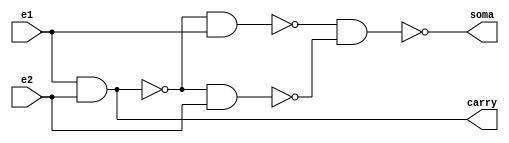
// Nome: Isabella Gonales
// Matrcula: 420120

module metodomeiasomanand(soma,carry,e1,e2);
output soma,carry;
input e1,e2;
wire temp1,temp2,temp3,temp4;

nand NAND1 (temp1,e1,e2);
nand NAND2 (temp2,temp1,e1);
nand NAND3 (temp3,temp1,e2);
nand NAND4 (soma,temp2,temp3);
nand NAND5 (temp4,e1,e2);
nand NAND6 (carry,temp4,temp4);

endmodule


module metodosomacompletanand(soma,carry,e1,e2,e3);

output soma,carry;
input e1,e2,e3;
wire temp1,temp2,temp3,tmp4,temp5;

metodomeiasomanand MEIASOMA1 (temp1,temp2,e1,e2);
metodomeiasomanand MEIASOMA2 (soma,temp3,temp1,e3);
nand NAND1(temp4,temp2,temp2); 
nand NAND2(temp5,temp3,temp3);
nand NAND3(carry,temp4,temp5);


endmodule


module metodosomacompleta3bits(soma,carry,e1,e2);

output [2:0]soma;
output carry;
input [2:0]e1,e2;
wire carry1,carry2;

metodomeiasomanand MEIASOMA1 (soma[0],carry1,e1[0],e2[0]);
metodosomacompletanand SOMACOMPLETA1 (soma[1],carry2,e1[1],e2[1],carry1);
metodosomacompletanand SOMACOMPLETA2 (soma[2],carry,e1[2],e2[2],carry2);

endmodule

module testsomador3bits;
reg [2:0]e1,e2;
wire [2:0]soma;
wire carry;
integer i,j;


metodosomacompleta3bits SOMACOMPLETA1 (soma,carry,e1,e2);

initial begin: start
		e1=0; e2=0;
end


	initial begin:main

		$display("Circuito Soma Completa com 3 bits ");
		#1 $display(" e1 +     e2 = carry  saida ");
		#1 $monitor(" %4b + %4b =   %b    %4b", e1,e2,carry,soma);

		for( i=0; i<=7; i = i+1 )
		begin
			e1 = i;
			for ( j=0; j<=7; j = j+1 )
			begin
				#1 e2 = j;
			end
		end

	end

endmodule


/* Registrando os resultados
  
    Circuito Soma Completa com 3 bits 
     e1 +     e2 = carry  saida 
      000 +  000 =   0     000
      000 +  001 =   0     001
      000 +  010 =   0     010
      000 +  011 =   0     011
      000 +  100 =   0     100
      000 +  101 =   0     101
      000 +  110 =   0     110
      001 +  111 =   1     000
      001 +  000 =   0     001
      001 +  001 =   0     010
      001 +  010 =   0     011
      001 +  011 =   0     100
      001 +  100 =   0     101
      001 +  101 =   0     110
      001 +  110 =   0     111
      010 +  111 =   1     001
      010 +  000 =   0     010
      010 +  001 =   0     011
      010 +  010 =   0     100
      010 +  011 =   0     101
      010 +  100 =   0     110
      010 +  101 =   0     111
      010 +  110 =   1     000
      011 +  111 =   1     010
      011 +  000 =   0     011
      011 +  001 =   0     100
      011 +  010 =   0     101
      011 +  011 =   0     110
      011 +  100 =   0     111
      011 +  101 =   1     000
      011 +  110 =   1     001
      100 +  111 =   1     011
      100 +  000 =   0     100
      100 +  001 =   0     101
      100 +  010 =   0     110
      100 +  011 =   0     111
      100 +  100 =   1     000
      100 +  101 =   1     001
      100 +  110 =   1     010
      101 +  111 =   1     100
      101 +  000 =   0     101
      101 +  001 =   0     110
      101 +  010 =   0     111
      101 +  011 =   1     000
      101 +  100 =   1     001
      101 +  101 =   1     010
      101 +  110 =   1     011
      110 +  111 =   1     101
      110 +  000 =   0     110
      110 +  001 =   0     111
      110 +  010 =   1     000
      110 +  011 =   1     001
      110 +  100 =   1     010
      110 +  101 =   1     011
      110 +  110 =   1     100
      111 +  111 =   1     110
      111 +  000 =   0     111
      111 +  001 =   1     000
      111 +  010 =   1     001
      111 +  011 =   1     010
      111 +  100 =   1     011
      111 +  101 =   1     100
      111 +  110 =   1     101
      111 +  111 =   1     110
    
     ----jGRASP: operation complete.
    
*/